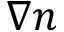
\nabla n